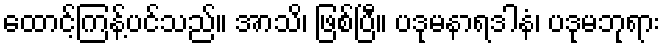
ထောင့်ကြန့်ပင်သည်။ အာသိ၊ ဖြစ်ပြီ။ ပဒုမနာရဒါနံ၊ ပဒုမဘုရား